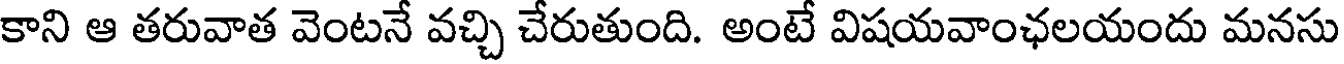
కాని ఆ తరువాత వెంటనే వచ్చి చేరుతుంది. అంటే విషయవాంఛలయందు మనసు